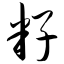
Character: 籽